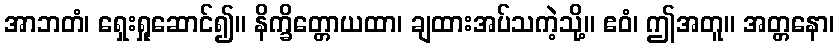
အာဘတံ၊ ရှေးရှုဆောင်၍။ နိက္ခိတ္တောယထာ၊ ချထားအပ်သကဲ့သို့။ ဧဝံ၊ ဤအတူ။ အတ္တနော၊